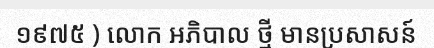
១៩៧៥ ) លោក អភិបាល ថ្មី មានប្រសាសន៍